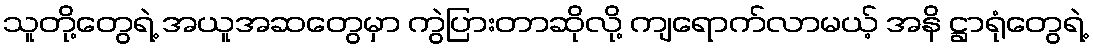
သူတို့တွေရဲ့ အယူအဆတွေမှာ ကွဲပြားတာဆိုလို့ ကျရောက်လာမယ့် အနိ ဋ္ဌာရုံတွေရဲ့